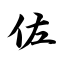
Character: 佐